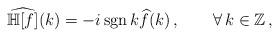
LaTeX: \begin{align*}\widehat{\mathbb H[f]}(k)=-i\,{\rm sgn}\,k\widehat{f}(k)\,,\qquad\forall\,k\in\mathbb Z\,,\end{align*}